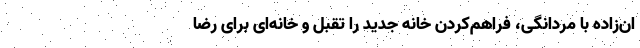
ان‌زاده با مردانگی، فراهم‌کردن خانه جدید را تقبل و خانه‌ای برای رضا